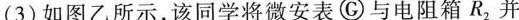
(3)如图乙所示，该同学将微安表⑥与电阻箱R2并